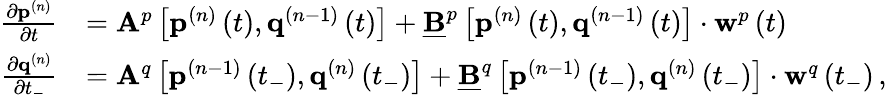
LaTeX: \begin{array}{rl}{\frac{\partial\mathbf{p}^{(n)}}{\partial t}}&{=\mathbf{A}^{p}\left[\mathbf{p}^{(n)}\left(t\right),\mathbf{q}^{(n-1)}\left(t\right)\right]+\underline{{\mathbf{B}}}^{p}\left[\mathbf{p}^{(n)}\left(t\right),\mathbf{q}^{(n-1)}\left(t\right)\right]\cdot\mathbf{w}^{p}\left(t\right)\, }\\ {\frac{\partial\mathbf{q}^{(n)}}{\partial t_{-}}}&{=\mathbf{A}^{q}\left[\mathbf{p}^{(n-1)}\left(t_{-}\right),\mathbf{q}^{(n)}\left(t_{-}\right)\right]+\underline{{\mathbf{B}}}^{q}\left[\mathbf{p}^{(n-1)}\left(t_{-}\right),\mathbf{q}^{(n)}\left(t_{-}\right)\right]\cdot\mathbf{w}^{q}\left(t_{-}\right)\, ,}\end{array}